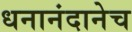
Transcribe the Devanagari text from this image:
धनानंदानेच